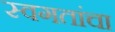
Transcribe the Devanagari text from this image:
स्वगतांचा